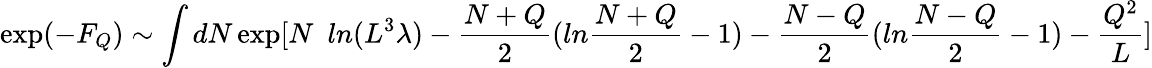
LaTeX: \exp(-F_{Q})\sim\int dN\exp[N\ \ ln(L^{3}\lambda)-\frac{N+Q}{2}(ln\frac{N+Q}{2}-1)-\frac{N-Q}{2}(ln\frac{N-Q}{2}-1)-\frac{Q^{2}}{L}]